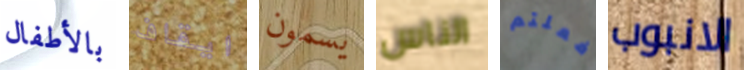
بالأطفال ايقاف يسمون الناس فعلتم الانبوب